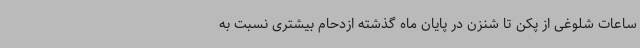
ساعات شلوغی از پکن تا شنزن در پایان ماه گذشته ازدحام بیشتری نسبت به